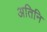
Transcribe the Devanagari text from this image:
अतिनि